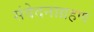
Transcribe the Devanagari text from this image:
संवेदनाग्रहण